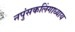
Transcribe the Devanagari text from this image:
नपुंसकलिंगाध्याय